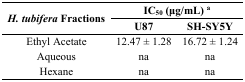
<table><thead><tr><td rowspan="2"><b><i>H. tubifera</i> Fractions</b></td><td colspan="2"><b>IC<sub>50</sub> (μg/mL) <sup>a</sup></b></td></tr><tr><td><b>U87</b></td><td><b>SH-SY5Y</b></td></tr></thead><tbody><tr><td>Ethyl Acetate</td><td>12.47 ± 1.28</td><td>16.72 ± 1.24</td></tr><tr><td>Aqueous</td><td>na</td><td>na</td></tr><tr><td>Hexane</td><td>na</td><td>na</td></tr></tbody></table>